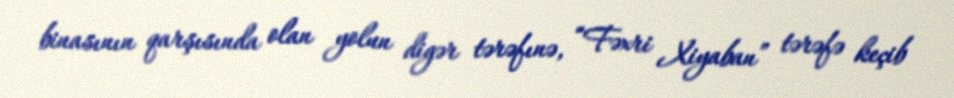
binasının qarşısında olan yolun digər tərəfınə, “Fəxri Xiyaban” tərəfə keçib